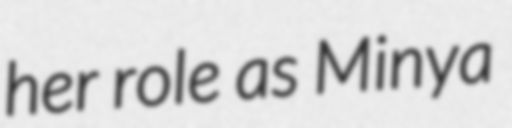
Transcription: her role as Minya